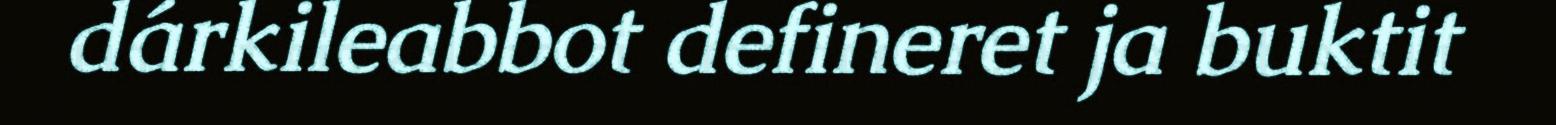
dárkileabbot defineret ja buktit